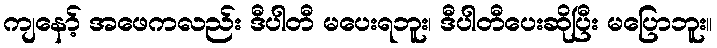
ကျနော့် အဖေကလည်း ဒီပါတီ မပေးရဘူး၊ ဒီပါတီပေးဆိုပြီး မပြောဘူး။